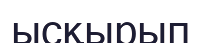
ысқырып